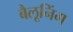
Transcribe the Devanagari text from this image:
बैलूनिंग